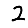
Digit: 2